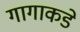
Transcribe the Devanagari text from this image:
गागाकडे